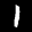
Label: 1